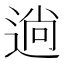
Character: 𮞢